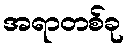
အရာတစ်ခု